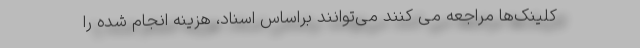
کلینک‌ها مراجعه می کنند می‌توانند براساس اسناد، هزینه انجام شده را